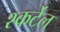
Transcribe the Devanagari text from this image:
श्कर्टेल